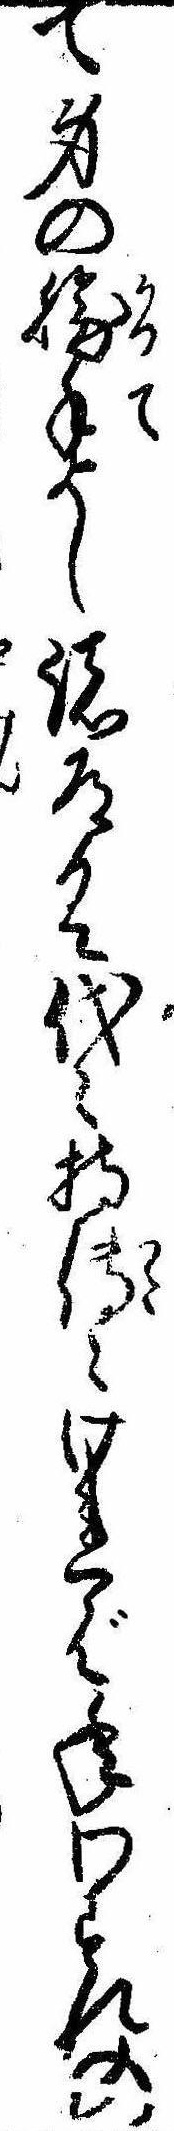
て身の勝手よし諸道具代持伝えければ年わすれの